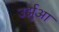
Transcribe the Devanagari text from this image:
उर्झुआ